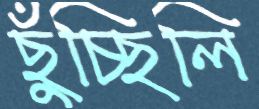
ছুঁচ্ছিলি